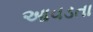
આવડતા